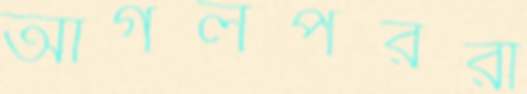
আগলপররা